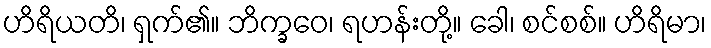
ဟိရိယတိ၊ ရှက်၏။ ဘိက္ခဝေ၊ ရဟန်းတို့။ ခေါ၊ စင်စစ်။ ဟိရိမာ၊